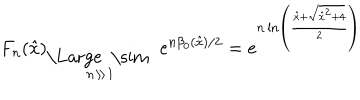
F _ { n } ( \hat { x } ) { } _ { \stackrel { \mathrm { \Large ~ \sim ~ } } { n \gg 1 } } \ e ^ { n \beta _ { 0 } ( { \hat { x } } ) / 2 } = e ^ { n \ln \left( \frac { { \hat { x } } + \sqrt { { \hat { x } } ^ { 2 } + 4 } } { 2 } \right) }